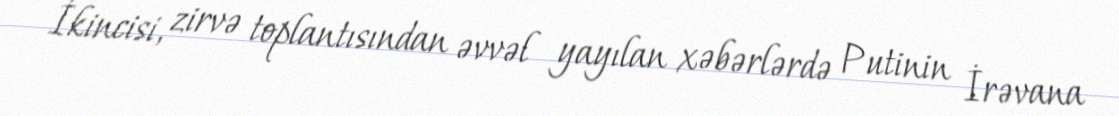
İkincisi, zirvə toplantısından əvvəl yayılan xəbərlərdə Putinin İrəvana